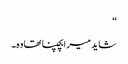
“
شاید میرابچپنا تھاوہ۔